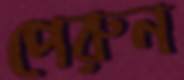
পেরুন